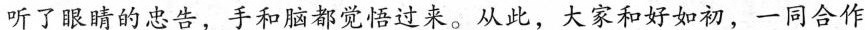
”听了眼睛的忠告，手和脑都觉悟过来。从此，大家和好如初，一同合作